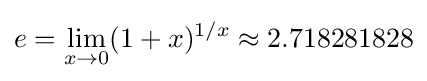
e=\lim _{x\rightarrow 0}(1+x)^{1/x}\approx 2.718281828